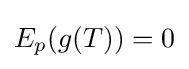
E_{p}(g(T))=0